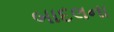
બાદલના